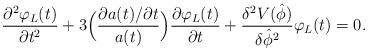
LaTeX: \begin{align*}\frac{\partial^2 \varphi_L (t)}{\partial t^2} + 3\Bigl(\frac{\partial a(t)/ \partial t}{a(t)} \Bigr) \frac{\partial\varphi_L (t)}{\partial t} + \frac{\delta^2 V(\hat{\phi})}{\delta\hat{\phi}^2 } \varphi_L (t) = 0.\end{align*}